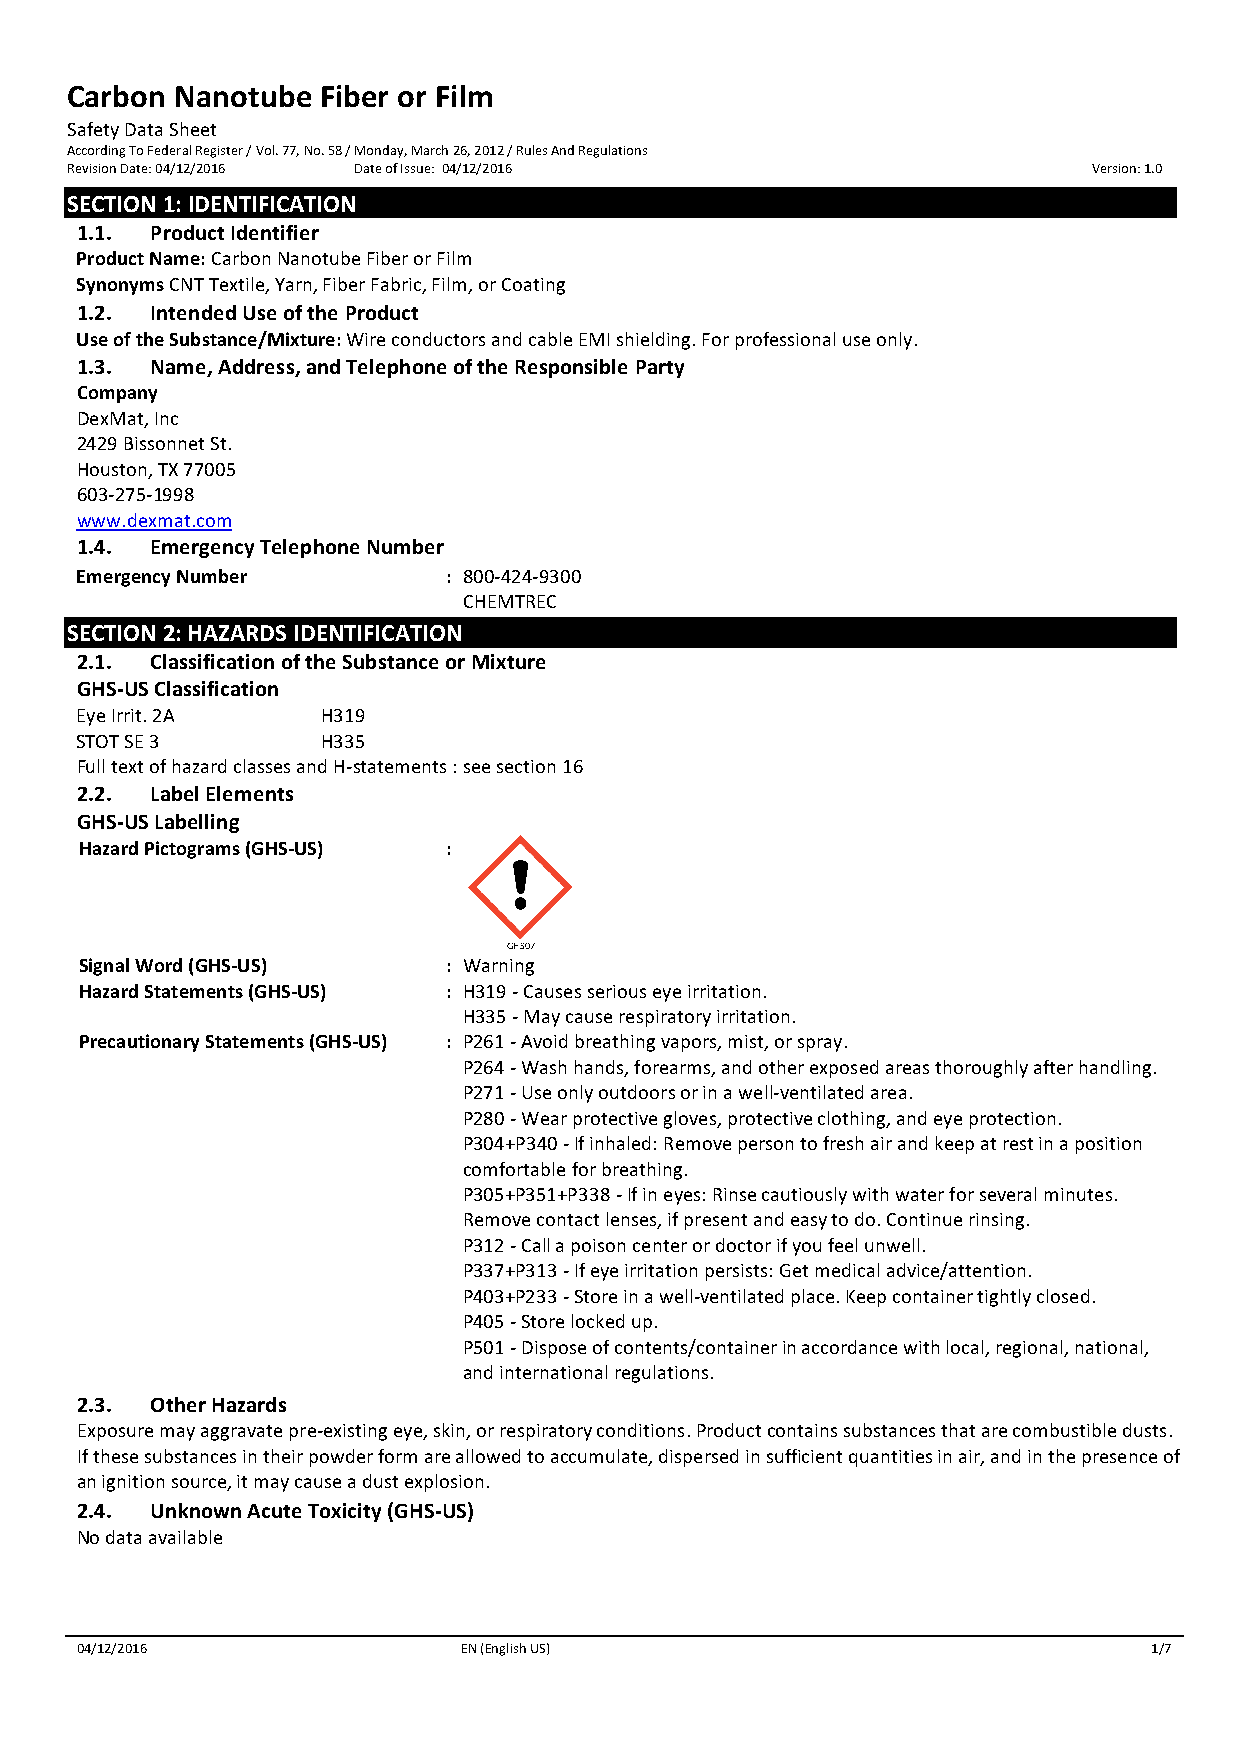
Carbon  Nanotube Fiber or Film
 Safety Data Sheet
 According To Federal Register / Vol. 77, No. 58 / Monday, March 26, 2012 / Rules And Regulations
 Revision Date: 04/12/2016 Date of Issue: 04/12/2016                 Version: 1.0
 SECTION 1: IDENTIFICATION
 1.1. Product Identifier
 Product Name: Carbon Nanotube Fiber or Film
 Synonyms CNT Textile, Yarn, Fiber Fabric, Film, or Coating
 1.2. Intended Use of the Product
 Use of the Substance/Mixture: Wire conductors and cable EMI shielding. For professional use only.
 1.3. Name, Address, and Telephone of the Responsible Party
 Company
 DexMat, Inc
 2429 Bissonnet St.
 Houston, TX 77005
 603-275-1998
 www.dexmat.com
 1.4. Emergency Telephone Number
 Emergency Number         : 800-424-9300
 CHEMTREC
 SECTION 2: HAZARDS IDENTIFICATION
 2.1. Classification of the Substance or Mixture
 GHS-US Classification
 Eye Irrit. 2A   H319
 STOT SE 3       H335
 Full text of hazard classes and H-statements : see section 16
 2.2. Label Elements
 GHS-US Labelling
 Hazard Pictograms (GHS-US) :
 GHS07
 Signal Word (GHS-US)     : Warning
 Hazard Statements (GHS-US) : H319 - Causes serious eye irritation.
 H335 - May cause respiratory irritation.
 Precautionary Statements (GHS-US) : P261 - Avoid breathing vapors, mist, or spray.
 P264 - Wash hands, forearms, and other exposed areas thoroughly after handling.
 P271 - Use only outdoors or in a well-ventilated area.
 P280 - Wear protective gloves, protective clothing, and eye protection.
 P304+P340 - If inhaled: Remove person to fresh air and keep at rest in a position
 comfortable for breathing.
 P305+P351+P338 - If in eyes: Rinse cautiously with water for several minutes.
 Remove contact lenses, if present and easy to do. Continue rinsing.
 P312 - Call a poison center or doctor if you feel unwell.
 P337+P313 - If eye irritation persists: Get medical advice/attention.
 P403+P233 - Store in a well-ventilated place. Keep container tightly closed.
 P405 - Store locked up.
 P501 - Dispose of contents/container in accordance with local, regional, national,
 and international regulations.
 2.3. Other Hazards
 Exposure may aggravate pre-existing eye, skin, or respiratory conditions. Product contains substances that are combustible dusts.
 If these substances in their powder form are allowed to accumulate, dispersed in sufficient quantities in air, and in the presence of
 an ignition source, it may cause a dust explosion.
 2.4. Unknown Acute Toxicity (GHS-US)
 No data available
 04/12/2016               EN (English US)                               1/7